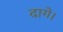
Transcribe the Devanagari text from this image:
दागे।